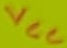
Text: VCC